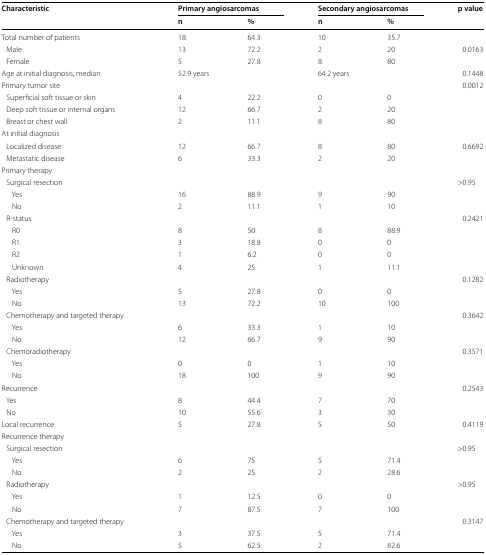
<table><thead><tr><td rowspan="2"><b>Characteristic</b></td><td colspan="2"><b>Primary angiosarcomas</b></td><td colspan="2"><b>Secondary angiosarcomas</b></td><td rowspan="2"><b>p value</b></td></tr><tr><td><b>n</b></td><td><b>%</b></td><td><b>n</b></td><td><b>%</b></td></tr></thead><tbody><tr><td>Total number of patients</td><td>18</td><td>64.3</td><td>10</td><td>35.7</td><td></td></tr><tr><td> Male</td><td>13</td><td>72.2</td><td>2</td><td>20</td><td rowspan="2">0.0163</td></tr><tr><td> Female</td><td>5</td><td>27.8</td><td>8</td><td>80</td></tr><tr><td>Age at initial diagnosis, median</td><td colspan="2">52.9 years</td><td colspan="2">64.2 years</td><td>0.1448</td></tr><tr><td>Primary tumor site</td><td></td><td></td><td></td><td></td><td>0.0012</td></tr><tr><td> Superficial soft tissue or skin</td><td>4</td><td>22.2</td><td>0</td><td>0</td><td></td></tr><tr><td> Deep soft tissue or internal organs</td><td>12</td><td>66.7</td><td>2</td><td>20</td><td></td></tr><tr><td> Breast or chest wall</td><td>2</td><td>11.1</td><td>8</td><td>80</td><td></td></tr><tr><td>At initial diagnosis</td><td></td><td></td><td></td><td></td><td></td></tr><tr><td> Localized disease</td><td>12</td><td>66.7</td><td>8</td><td>80</td><td rowspan="2">0.6692</td></tr><tr><td> Metastatic disease</td><td>6</td><td>33.3</td><td>2</td><td>20</td></tr><tr><td>Primary therapy</td><td></td><td></td><td></td><td></td><td></td></tr><tr><td> Surgical resection</td><td></td><td></td><td></td><td></td><td>&gt;0.95</td></tr><tr><td>Yes</td><td>16</td><td>88.9</td><td>9</td><td>90</td><td></td></tr><tr><td>No</td><td>2</td><td>11.1</td><td>1</td><td>10</td><td></td></tr><tr><td> R-status</td><td></td><td></td><td></td><td></td><td>0.2421</td></tr><tr><td>R0</td><td>8</td><td>50</td><td>8</td><td>88.9</td><td></td></tr><tr><td>R1</td><td>3</td><td>18.8</td><td>0</td><td>0</td><td></td></tr><tr><td>R2</td><td>1</td><td>6.2</td><td>0</td><td>0</td><td></td></tr><tr><td>Unknown</td><td>4</td><td>25</td><td>1</td><td>11.1</td><td></td></tr><tr><td> Radiotherapy</td><td></td><td></td><td></td><td></td><td>0.1282</td></tr><tr><td>Yes</td><td>5</td><td>27.8</td><td>0</td><td>0</td><td></td></tr><tr><td>No</td><td>13</td><td>72.2</td><td>10</td><td>100</td><td></td></tr><tr><td> Chemotherapy and targeted therapy</td><td></td><td></td><td></td><td></td><td>0.3642</td></tr><tr><td>Yes</td><td>6</td><td>33.3</td><td>1</td><td>10</td><td></td></tr><tr><td>No</td><td>12</td><td>66.7</td><td>9</td><td>90</td><td></td></tr><tr><td> Chemoradiotherapy</td><td></td><td></td><td></td><td></td><td>0.3571</td></tr><tr><td>Yes</td><td>0</td><td>0</td><td>1</td><td>10</td><td></td></tr><tr><td>No</td><td>18</td><td>100</td><td>9</td><td>90</td><td></td></tr><tr><td>Recurrence</td><td></td><td></td><td></td><td></td><td>0.2543</td></tr><tr><td> Yes</td><td>8</td><td>44.4</td><td>7</td><td>70</td><td></td></tr><tr><td> No</td><td>10</td><td>55.6</td><td>3</td><td>30</td><td></td></tr><tr><td>Local recurrence</td><td>5</td><td>27.8</td><td>5</td><td>50</td><td>0.4119</td></tr><tr><td>Recurrence therapy</td><td></td><td></td><td></td><td></td><td></td></tr><tr><td> Surgical resection</td><td></td><td></td><td></td><td></td><td>&gt;0.95</td></tr><tr><td>Yes</td><td>6</td><td>75</td><td>5</td><td>71.4</td><td></td></tr><tr><td>No</td><td>2</td><td>25</td><td>2</td><td>28.6</td><td></td></tr><tr><td> Radiotherapy</td><td></td><td></td><td></td><td></td><td>&gt;0.95</td></tr><tr><td>Yes</td><td>1</td><td>12.5</td><td>0</td><td>0</td><td></td></tr><tr><td>No</td><td>7</td><td>87.5</td><td>7</td><td>100</td><td></td></tr><tr><td> Chemotherapy and targeted therapy</td><td></td><td></td><td></td><td></td><td>0.3147</td></tr><tr><td>Yes</td><td>3</td><td>37.5</td><td>5</td><td>71.4</td><td></td></tr><tr><td>No</td><td>5</td><td>62.5</td><td>2</td><td>82.6</td><td></td></tr></tbody></table>